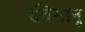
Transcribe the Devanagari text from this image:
रतिभानु